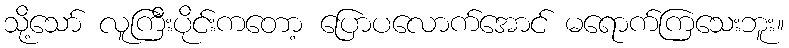
သို့သော် လူကြီးပိုင်းကတော့ ပြောပလောက်အောင် မရောက်ကြသေးဘူး။